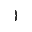
\}